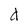
Character: d